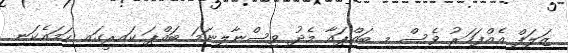
ޒަލަފް އެއްފަހަރު ވެސް މި ބައްޕައާ މެދު ވިސްނާލިނަމަ ބައްޕަ ކައިރީގައި ހަމައެކަނި